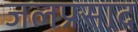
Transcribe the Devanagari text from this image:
जलप्रसाद